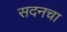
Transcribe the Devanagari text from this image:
सदनचा